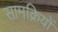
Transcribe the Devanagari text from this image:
सामक्रियों